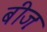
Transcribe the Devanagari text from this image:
बीजः